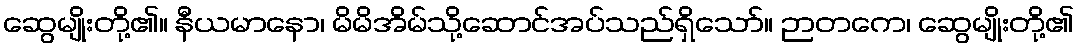
ဆွေမျိုးတို့၏။ နီယမာနော၊ မိမိအိမ်သို့ဆောင်အပ်သည်ရှိသော်။ ဉာတကေ၊ ဆွေမျိုးတို့၏